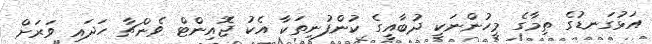
އަޅުގަނޑުގެ ތިމާގެ މީހުންނަކީ ދުބާއީގެ ކުންފުނިތަކާ އެކު ޖޮއިންޓް ވެންޗާ ހަދައި ވަރަށް